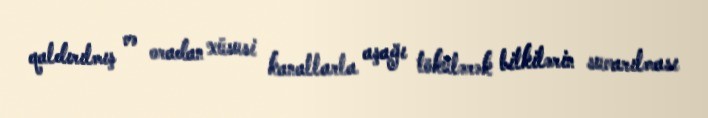
qaldırılmış və oradan xüsusi kanallarla aşağı tökülərək bitkilərin suvarılması